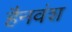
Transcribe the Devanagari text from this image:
हैनवंश